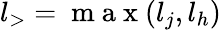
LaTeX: {l}_{>}=\mathrm{~m~a~x~}({{l}_{j},{l}_{h}})